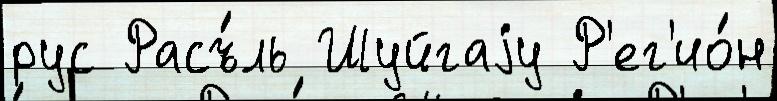
рус Расъ́ль Шуйгаjу Р'ег'ио́н